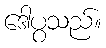
ဒေါပွသည်။